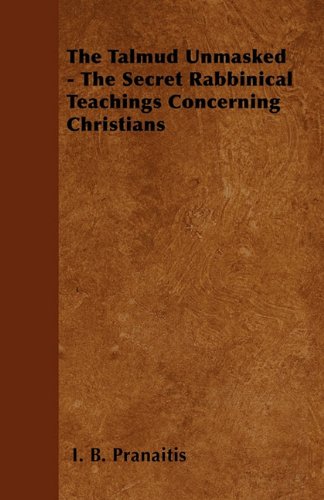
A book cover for The Talmud Unmasked - The Secret Rabbinical Teachings Concerning Christians; I. B. Pranaitis; Religion & Spirituality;